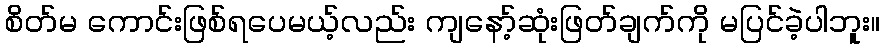
စိတ်မ ကောင်းဖြစ်ရပေမယ့်လည်း ကျနော့်ဆုံးဖြတ်ချက်ကို မပြင်ခဲ့ပါဘူး။